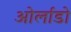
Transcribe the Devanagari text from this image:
ओर्लाडो